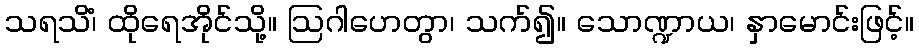
သရသိံ၊ ထိုရေအိုင်သို့။ ဩဂါဟေတွာ၊ သက်၍။ သောဏ္ဍာယ၊ နှာမောင်းဖြင့်။